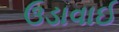
ઉડાવાઈ